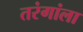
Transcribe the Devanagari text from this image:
तरंगांला